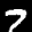
Label: 7